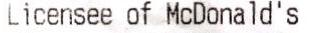
LICENSEE OF MCDONALD'S